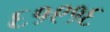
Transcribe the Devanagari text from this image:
६१९१६